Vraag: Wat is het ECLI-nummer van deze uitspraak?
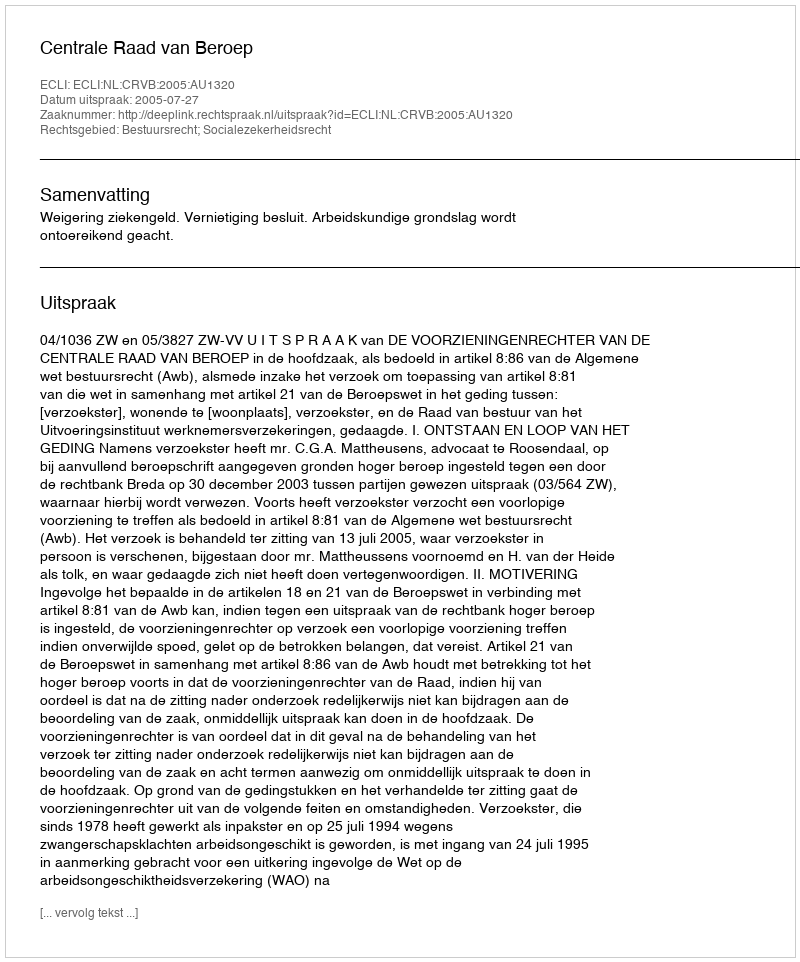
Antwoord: ECLI:NL:CRVB:2005:AU1320